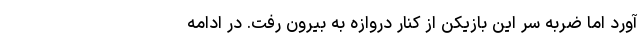
آورد اما ضربه سر این بازیکن از کنار دروازه به بیرون رفت. در ادامه